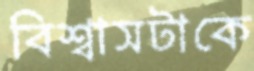
বিশ্বাসটাকে